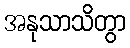
အနုသာသိတွာ